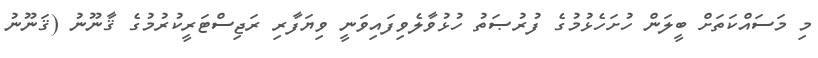
މި މަސައްކަތަށް ބީލަން ހުށަހެޅުމުގެ ފުރުޞަތު ހުޅުވާލެވިފައިވަނީ ވިޔަފާރި ރަޖިސްޓަރީކުރުމުގެ ޤާނޫނު (ޤަނޫނު